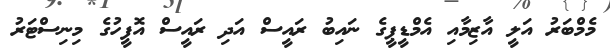
މެމްބަރު އަލީ އާޒިމާއި އެމްޑީޕީގެ ނައިބު ރައީސް އަދި ރައީސް އޮފީހުގެ މިނިސްޓަރު